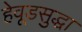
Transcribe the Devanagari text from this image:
हेवूडसुद्धा